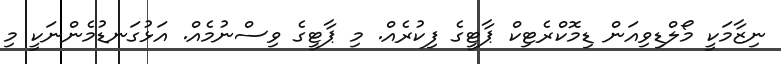
ނިޒާމަކީ މޯލްޑިވިއަން ޑިމޮކްރެޓިކް ޕާޓީގެ ފިކުރެއް. މި ޕާޓީގެ ވިސްނުމެއް. އަޅުގަނޑުމެންނަކީ މި